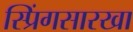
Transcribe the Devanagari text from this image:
स्प्रिंगसारखा